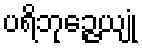
ပရိဘုဉ္ဇေယျုံ